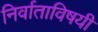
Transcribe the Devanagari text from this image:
निर्वाताविषयी